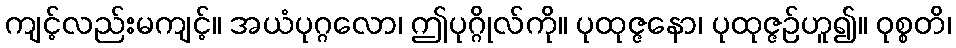
ကျင့်လည်းမကျင့်။ အယံပုဂ္ဂလော၊ ဤပုဂ္ဂိုလ်ကို။ ပုထုဇ္ဇနော၊ ပုထုဇ္ဇဉ်ဟူ၍။ ဝုစ္စတိ၊